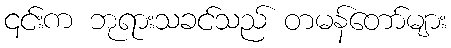
၎င်းက ဘုရားသခင်သည် တမန်တော်များ